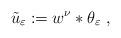
LaTeX: \begin{align*}\tilde{u}_{\varepsilon}:=w^{\nu}\ast\theta_{\varepsilon}~, \end{align*}